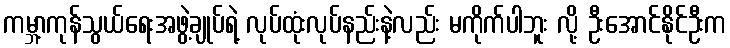
ကမ္ဘာ့ကုန်သွယ်ရေးအဖွဲ့ချုပ်ရဲ့ လုပ်ထုံးလုပ်နည်းနဲ့လည်း မကိုက်ပါဘူး လို့ ဦးအောင်နိုင်ဦးက